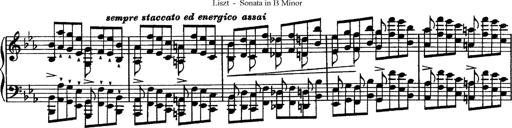
Title: Piano Sonata
Composer: Karl HÃ¤ssler
Key: C major